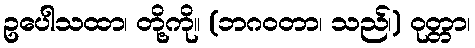
ဥပေါသထာ၊ တို့ကို။ (ဘဂဝတာ၊ သည်၊) ဝုတ္တာ၊